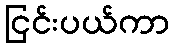
ငြင်းပယ်ကာ